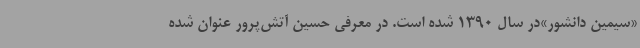
«سیمین دانشور»در سال 1390 شده است. در معرفی حسین آتش‌پرور عنوان شده